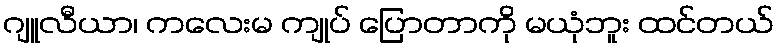
ဂျူလီယာ၊ ကလေးမ ကျုပ် ပြောတာကို မယုံဘူး ထင်တယ်